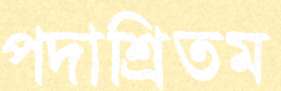
পদাশ্রিতম